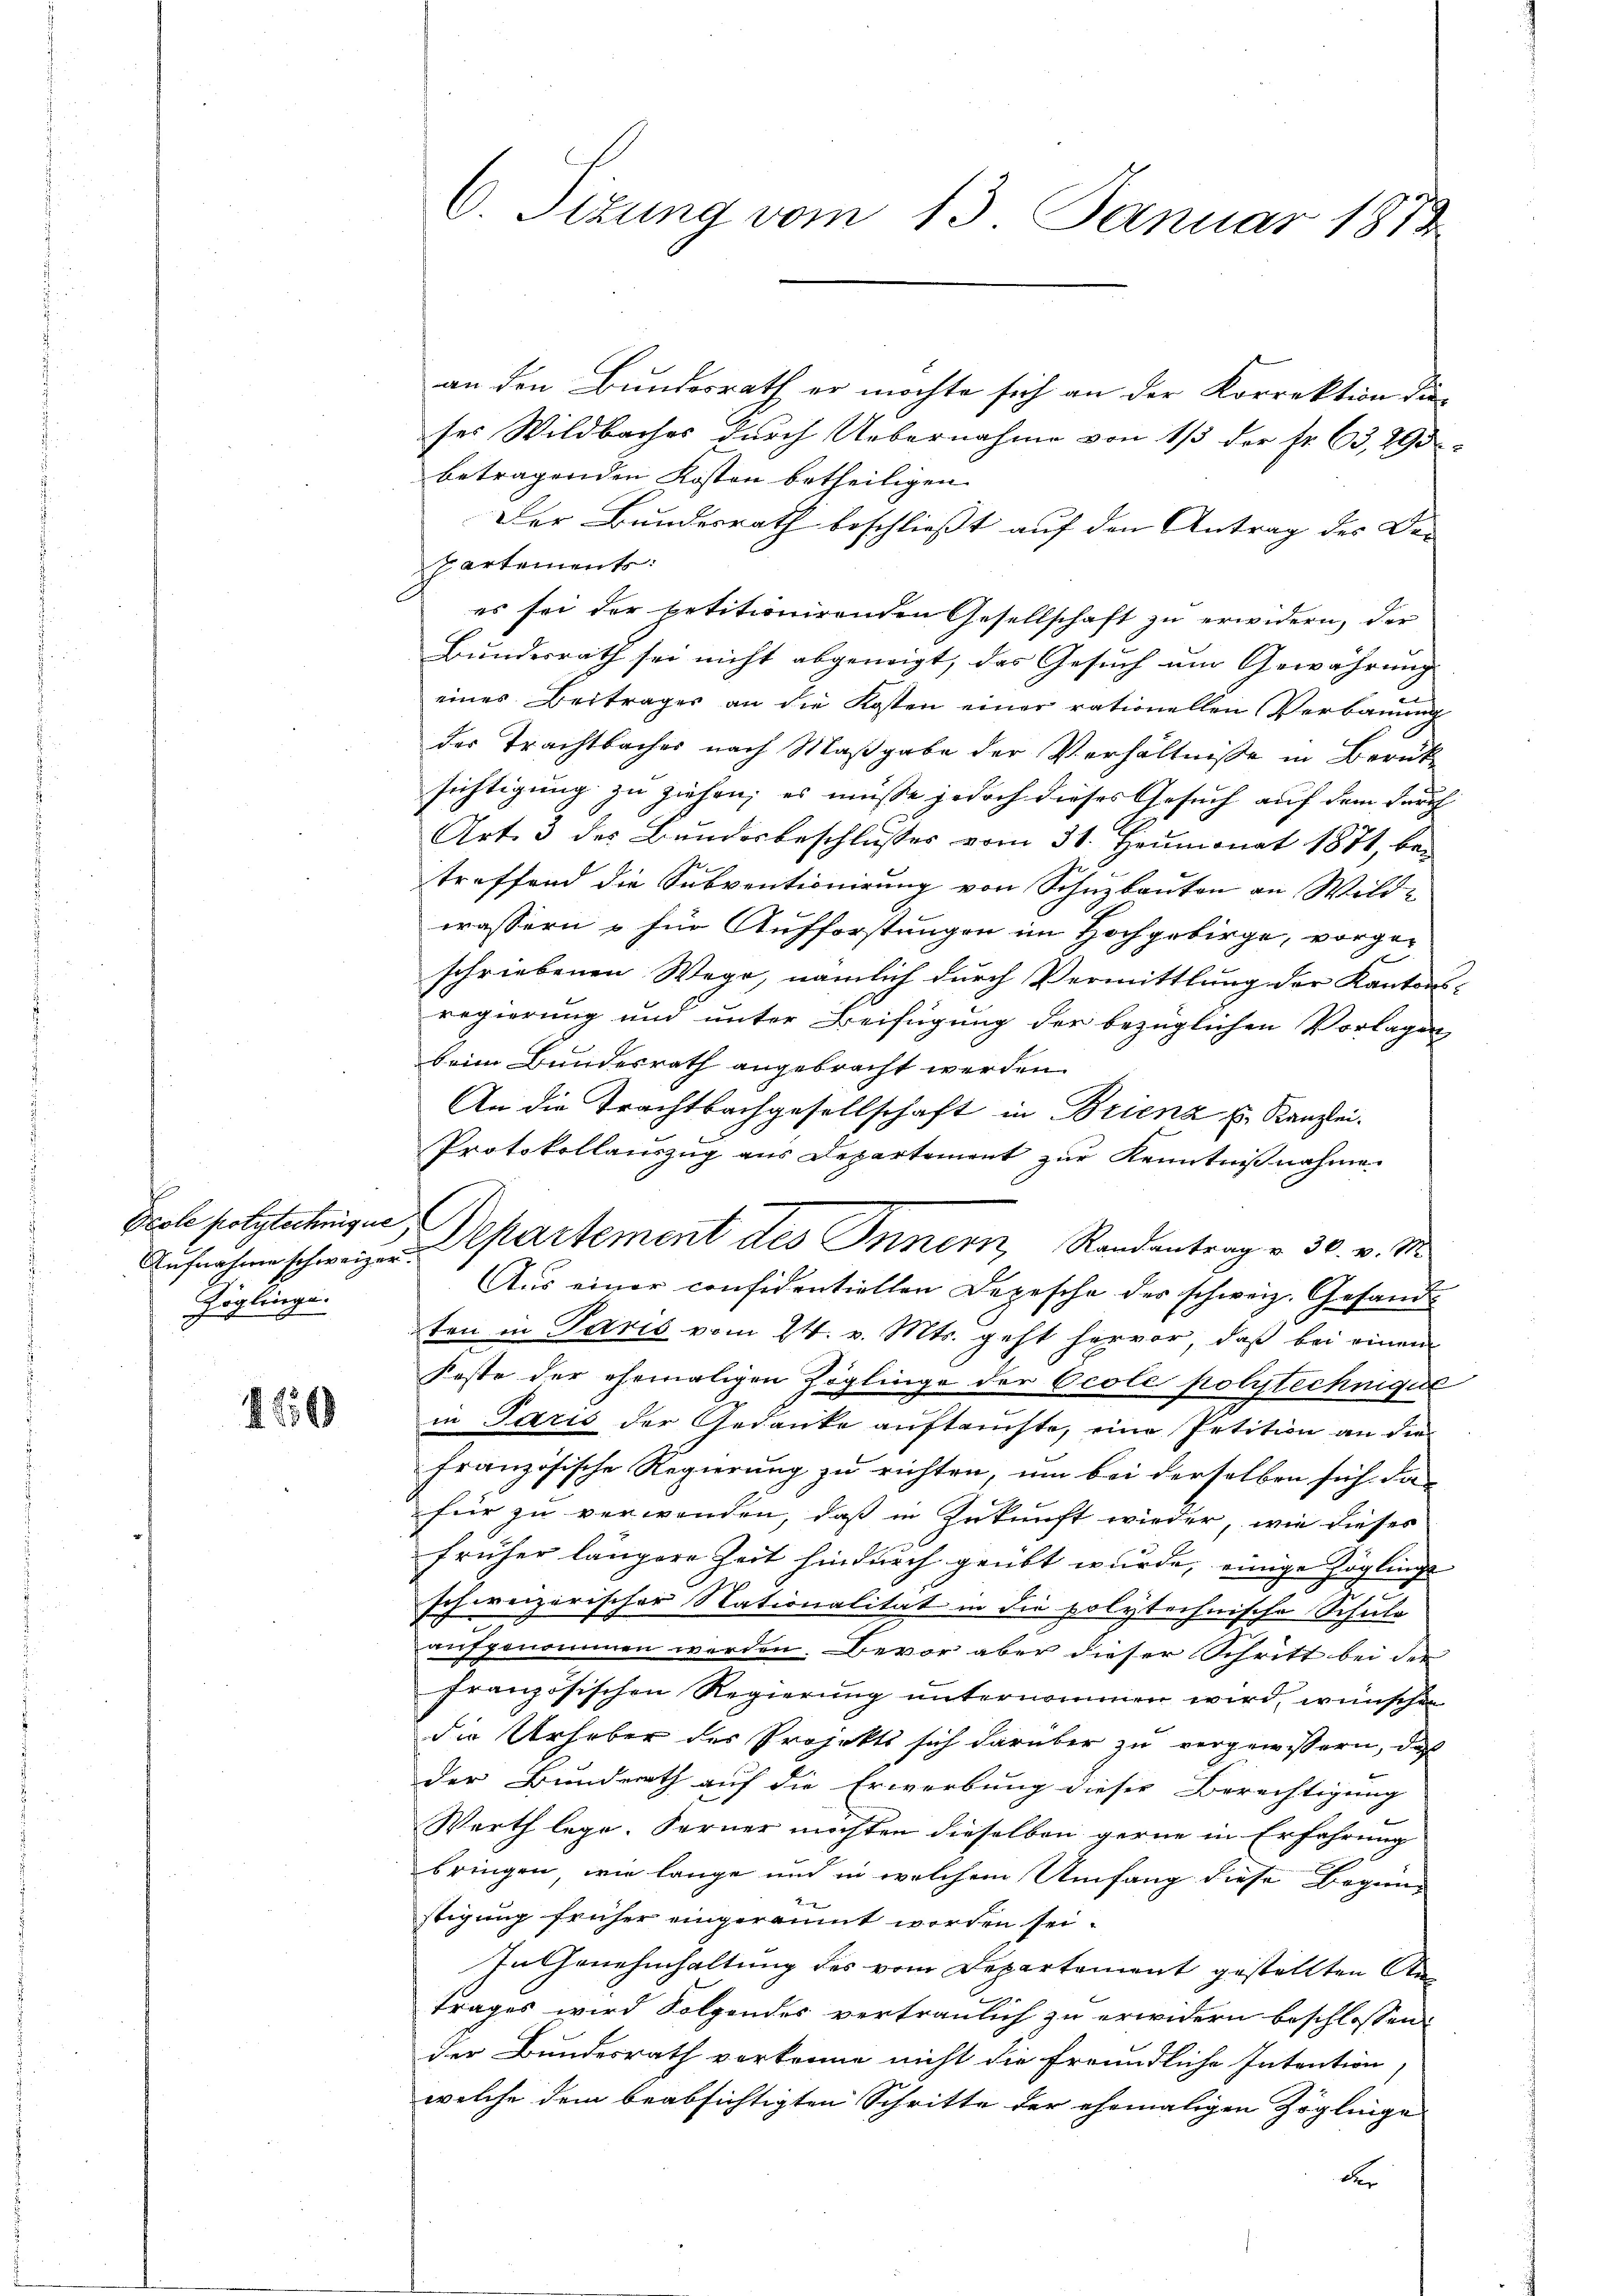
Aufnahme schweizer.
Zöglinge.

1850

C. Stzung vom 13. Januar 1873.

an den Bundesrath er möchte sich an der Korrektion dieses Wildbaches durch Uebernahme von 1/3 der Fr. 63, 295.
betragenden Kosten betheiligen.
Der Bundesrath beschließt auf den Antrag des Den
partements:
es sei der betitionirenden Gesellschaft zu erwidern, der
Bundesrath sei nicht abgeneigt, das Gesuch um Gewährung |
eines Beitrages an die Kosten einer rationellen Verbauung
des Trachtbaches nach Maßgabe der Verhältnisse in Berück
sichtigung zu ziehen; es müsse jedoch dieses Gesuch auf dem durch
Art. 3 des Bŭndesbeschlŭsses vom 31. Heumonat 1871, bei
treffend die Subventionirung von Schuzbauten an Wild-
wassern u für Aufforstungen im Hochgebirge, vorge-
schriebenen Wege, nämlich durch Vermittlung der Kantons-
regierung und unter Beifügung der bezüglichen Vorlagen
beim Bundesrath angebracht werden.
An die Trachtbachgesellschaft in Brienz u. Kanzlei.
Protokollauszug aus Departement zur Kenntnißnahme.
Aŭs einer considentiellen Depesche der schweiz. Gesandt
ten in Paris vom 24. v. Mts. geht hervor, daß bei einen
Feste der ehemaligen Zöglinge der Ocole polytechnique
in Paris der Gedanke auftauchte, eine Petition an die
französische Regierung zu richten, um bei derselben sich das
für zu verwenden, daß in Zukunft wieder, wie dieses
früher längere Zeit hindurch geübt wurde, einige Zöglinge
schweizerischer Nationalität in die polytechnische Schuld
e
u
aufgenommen werden. Bevor aber dieser Schritt bei der
französischen Regierung unternommen wird, wünschen
die Urheber des Projekts sich darüber zu vergewissern, daß
der Bunderath auf die Erwerbung dieser Berechtigung
Werth lege. Ferner möchten dieselben gerne in Erfahrung
bringen, wie lange und in welchem Umfang diese Begin-
stigung früher eingeräumt worden sei.
In Genehmhaltung des vom Departement gestellten Antrages wird Folgendes vertraulich zu erwidern beschlossen.
der Bundesrath vorkomne nicht die freundliche Intention,
welche dem beabsichtigten Schritte der ehemaligen Zöglinge
der

Ecole polytecherigen Departement des Innern Randantrag v. 30. v. M